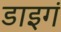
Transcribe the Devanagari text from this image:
डाइगं